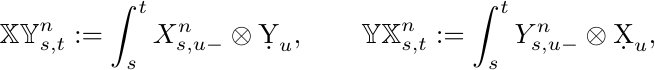
  \begin{equation*}
    \mathbb{XY}^n_{s,t} := \int_s^t X^n_{s,u-} \otimes \d Y_u, \qquad \mathbb{YX}^n_{s,t} := \int_s^t Y^n_{s,u-} \otimes \d X_u,
  \end{equation*}